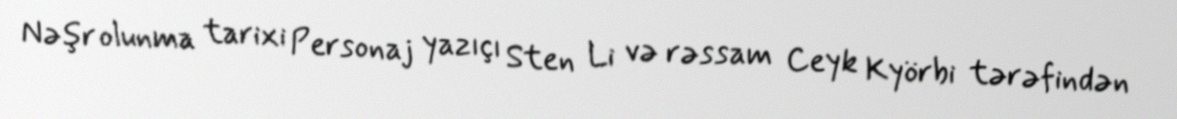
Nəşr olunma tarixi Personaj yazıçı Sten Li və rəssam Ceyk Kyörbi tərəfindən